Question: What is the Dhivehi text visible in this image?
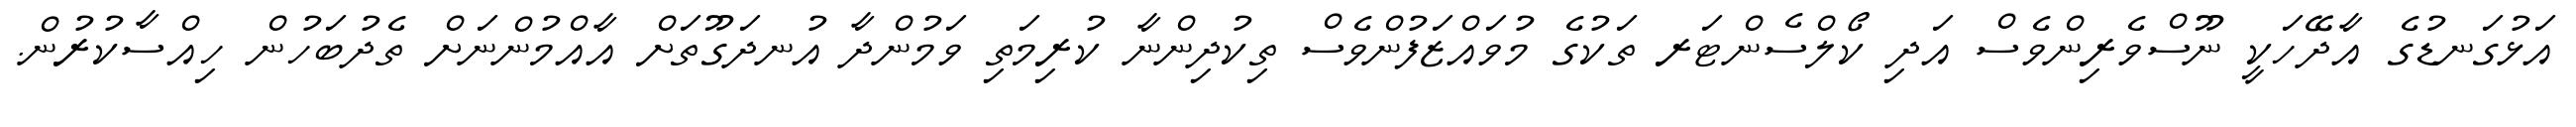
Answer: އަޅުގަނޑުގެ އާދޭހަކީ ނޫސްވެރިންވެސް އަދި ކޯލްސެންޓަރ ތަކުގެ މުވައްޒަފުންވެސް ތިކުދިންނާ ކުރިމަތި ވަމުންދާ އުނދަގޫތަށް އާއްމުންނަށް ތެދުބަހުން ހިއްސާކުރުން.